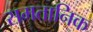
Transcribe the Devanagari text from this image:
समतानिक